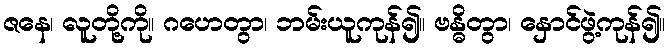
ဇနေ၊ လူတို့ကို။ ဂဟေတွာ၊ ဘမ်းယူကုန်၍။ ဗန္ဓိတွာ၊ နှောင်ဖွဲ့ကုန်၍။